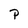
Character: P